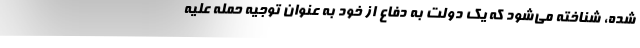
شده، شناخته می‌شود که یک دولت به دفاع از خود به عنوان توجیه حمله علیه